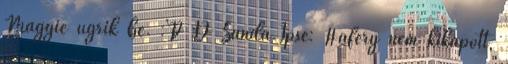
Maggie ugrik be. :P :D Sanda.Ipse: #afery nem kikapott,